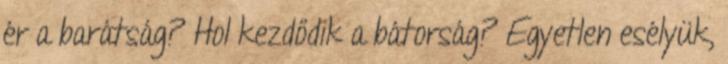
ér a barátság? Hol kezdődik a bátorság? Egyetlen esélyük,